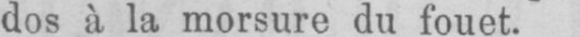
dos à la morsure du fouet.